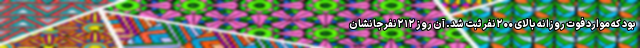
بود که موارد فوت روزانه بالای ۲۰۰نفر ثبت شد. آن روز ۲۱۲نفر جانشان